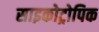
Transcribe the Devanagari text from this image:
साइकोट्रोपिक